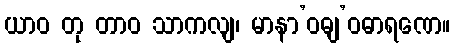
ယာဝ တု တာဝ သာကလျ၊ မာနာ’ဝဓျ’ဝဓာရဏေ။